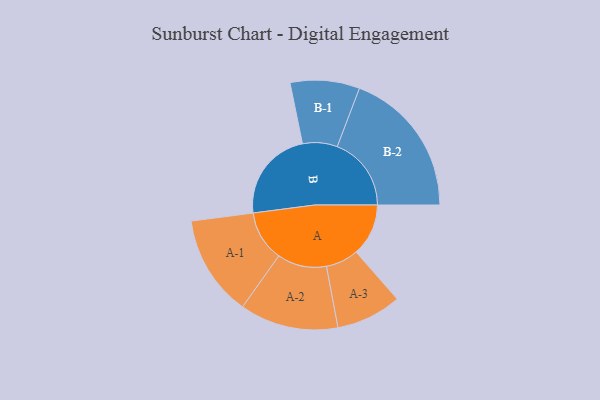
{"axis": {"x": "Segment", "y": "Value"}, "legend": ["", "A", "B"], "data": [{"x": "A", "y": 211, "type": ""}, {"x": "B", "y": 371, "type": ""}, {"x": "A-1", "y": 204, "type": "A"}, {"x": "A-2", "y": 199, "type": "A"}, {"x": "A-3", "y": 132, "type": "A"}, {"x": "B-1", "y": 140, "type": "B"}, {"x": "B-2", "y": 299, "type": "B"}]}